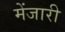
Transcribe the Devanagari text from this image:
मेंजारी